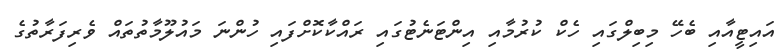
އައިޓީއާއި ބެހޭ މިބިލްގައި ހެކް ކުރުމާއި އިންޓަނެޓުގައި ރައްކާކޮށްފައި ހުންނަ މައުލޫމާތުތައް ވެރިފަރާތުގެ